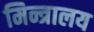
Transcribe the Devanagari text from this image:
मिन्त्रालय